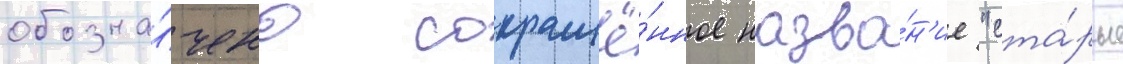
обозна́чено сокращё́нное назва́н'ие "ста́рые